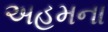
અહમના